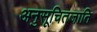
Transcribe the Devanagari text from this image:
अनुसूचितजाति